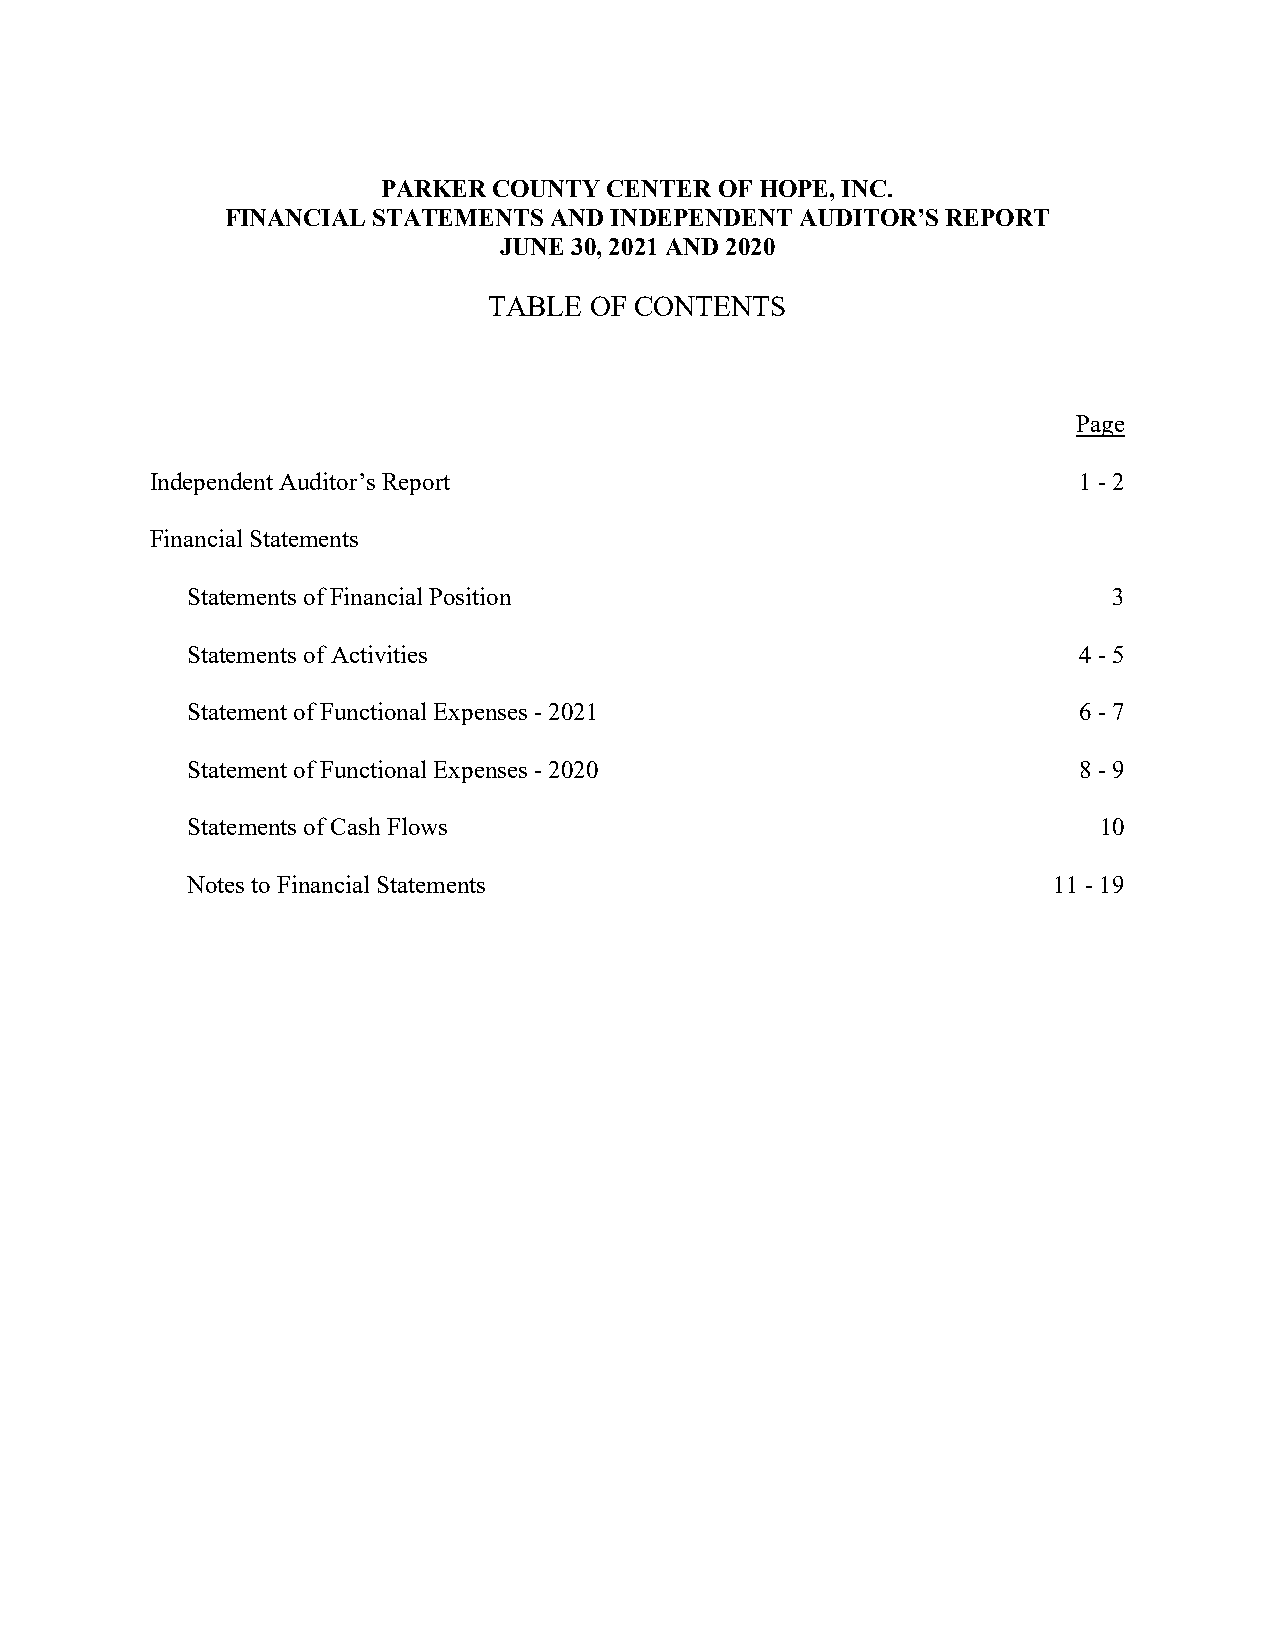
PARKER  COUNTY CENTER  OF HOPE, INC.
 FINANCIAL STATEMENTS AND INDEPENDENT  AUDITOR’S REPORT
 JUNE 30, 2021 AND 2020
 TABLE  OF CONTENTS
 Page
 Independent Auditor’s Report                                 1 - 2
 Financial Statements
 Statements of Financial Position                              3
 Statements of Activities                                   4 - 5
 Statement of Functional Expenses - 2021                    6 - 7
 Statement of Functional Expenses - 2020                    8 - 9
 Statements of Cash Flows                                     10
 Notes to Financial Statements                             11 - 19